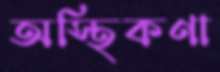
অস্থিকণা